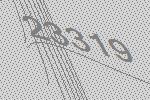
23319